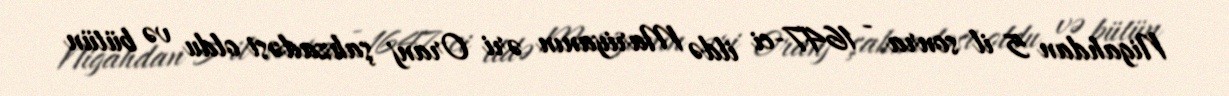
Nigahdan 5 il sonra - 1647-ci ildə Mariyanın əri Oranj şahzadəsi oldu və bütün